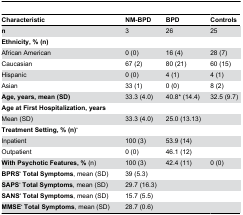
<table><thead><tr><td><b>Characteristic</b></td><td><b>NM-BPD</b></td><td><b>BPD</b></td><td><b>Controls</b></td></tr></thead><tbody><tr><td><b>n</b></td><td>3</td><td>26</td><td>25</td></tr><tr><td><b>Ethnicity, % (n)</b></td><td></td><td></td><td></td></tr><tr><td>African American</td><td>0 (0)</td><td>16 (4)</td><td>28 (7)</td></tr><tr><td>Caucasian</td><td>67 (2)</td><td>80 (21)</td><td>60 (15)</td></tr><tr><td>Hispanic</td><td>0 (0)</td><td>4 (1)</td><td>4 (1)</td></tr><tr><td>Asian</td><td>33 (1)</td><td>0 (0)</td><td>8 (2)</td></tr><tr><td><b>Age, years, mean (SD)</b></td><td>33.3 (4.0)</td><td>40.8* (14.4)</td><td>32.5 (9.7)</td></tr><tr><td><b>Age at First Hospitalization, years</b></td><td></td><td></td><td></td></tr><tr><td>Mean (SD)</td><td>33.3 (4.0)</td><td>25.0 (13.13)</td><td></td></tr><tr><td><b>Treatment Setting, % (n)<sup>a</sup></b></td><td></td><td></td><td></td></tr><tr><td>Inpatient</td><td>100 (3)</td><td>53.9 (14)</td><td></td></tr><tr><td>Outpatient</td><td>0 (0)</td><td>46.1 (12)</td><td></td></tr><tr><td><b>With Psychotic Features, %</b> (n)</td><td>100 (3)</td><td>42.4 (11)</td><td>0 (0)</td></tr><tr><td><b>BPRS<sup>b</sup> Total Symptoms</b>, mean (SD)</td><td>39 (5.3)</td><td></td><td></td></tr><tr><td><b>SAPS<sup>c</sup> Total Symptoms</b>, mean (SD)</td><td>29.7 (16.3)</td><td></td><td></td></tr><tr><td><b>SANS<sup>d</sup> Total Symptoms</b>, mean (SD)</td><td>15.7 (5.5)</td><td></td><td></td></tr><tr><td><b>MMSE<sup>e</sup> Total Symptoms</b>, mean (SD)</td><td>28.7 (0.6)</td><td></td><td></td></tr></tbody></table>